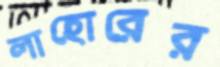
লাহোরের